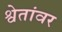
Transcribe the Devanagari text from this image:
श्वेतांवर